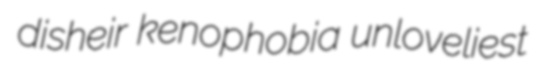
disheir kenophobia unloveliest